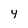
Character: Y